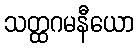
သတ္ထဂမနီယော